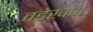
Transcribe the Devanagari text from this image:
वडेखण